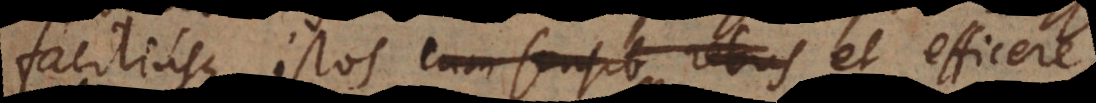
faciliusque istos cum sensib rebus et efficere